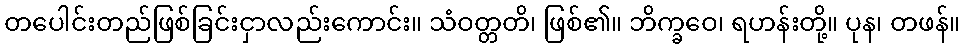
တပေါင်းတည်ဖြစ်ခြင်းငှာလည်းကောင်း။ သံဝတ္တတိ၊ ဖြစ်၏။ ဘိက္ခဝေ၊ ရဟန်းတို့။ ပုန၊ တဖန်။